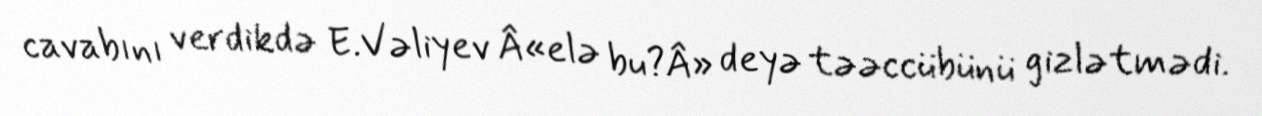
cavabını verdikdə E.Vəliyev Â«elə bu?Â» deyə təəccübünü gizlətmədi.